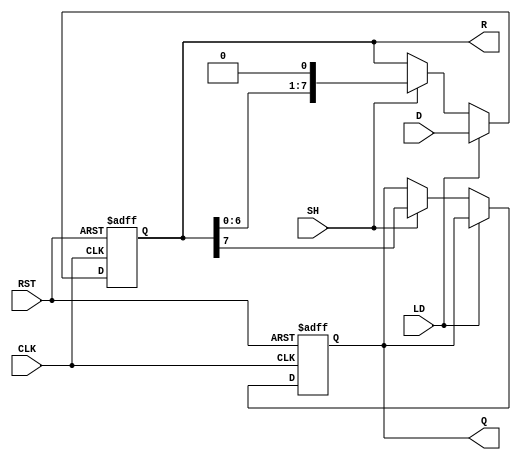
module Loadable_PISO (
    input [7:0] D,       // Parallel data input
    input LD,           // Load control signal
    input SH,           // Shift control signal
    input CLK,          // Clock signal
    input RST,          // Reset signal
    output reg Q,       // Serial output
    output reg [7:0] R  // Register state output
);

    // Always block for synchronous operations
    always @(posedge CLK or posedge RST) begin
        if (RST) begin
            // Reset: Clear the register
            R <= 8'b00000000;
            Q <= 1'b0;
        end else begin
            if (LD) begin
                // Load: Load data from D
                R <= D;
            end else if (SH) begin
                // Shift: Shift data to serial output Q
                Q <= R[7]; // Output the MSB
                R <= {R[6:0], 1'b0}; // Shift left and append 0
            end
        end
    end
endmodule